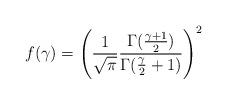
\begin{align*}f(\gamma )=\left(\frac{1}{\sqrt{\pi}}\frac{\Gamma (\frac{\gamma +1}{2})}{\Gamma (\frac{\gamma}{2}+1)}\right)^2\end{align*}